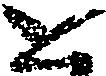
と